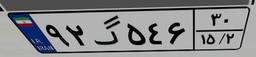
۹۲گ۵۴۶۳۰